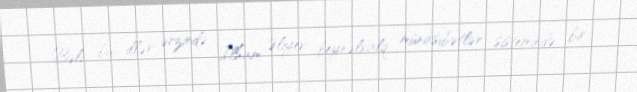
Bəli, bu illər ərzində İlham Əliyev beynəlxalq münasibətlər sistemində bir